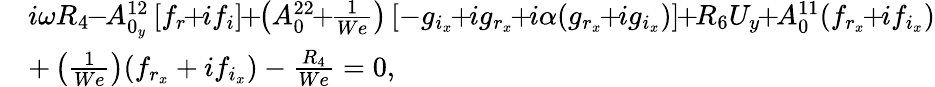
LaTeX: \begin{array}{rl}&{i\omega R_{4}\! \! -\! \! A_{0_{y}}^{12}\left[f_{r}\! \! +\! \! if_{i}\right]\! \! +\! \! \left(A_{0}^{22}\! \! +\! \! \frac{1}{We}\right)\left[-g_{i_{x}}\! \! +\! \! ig_{r_{x}}\! \! +\! \! i\alpha(g_{r_{x}}\! \! +\! \! ig_{i_{x}})\right]\! \! +\! \! R_{6}U_{y}\! \! +\! \! A_{0}^{11}(f_{r_{x}}\! \! +\! \! if_{i_{x}})}\\ &{+\left(\frac{1}{We}\right)(f_{r_{x}}+if_{i_{x}})-\frac{R_{4}}{We}=0,}\end{array}